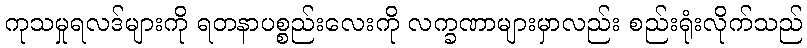
ကုသမှုရလဒ်များကို ရတနာပစ္စည်းလေးကို လက္ခဏာများမှာလည်း စည်းရုံးလိုက်သည်